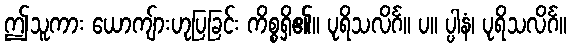
ဤသူကား ယောကျ်ားဟုပြခြင်း ကိစ္စရှိ၏။ ပုရိသလိင်္ဂ။ ပ။ ပ္ပါနံ၊ ပုရိသလိင်္ဂ။